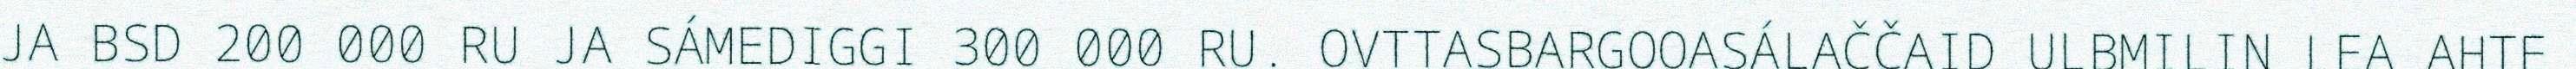
JA BSD 200 000 RU JA SÁMEDIGGI 300 000 RU. OVTTASBARGOOASÁLAČČAID ULBMILIN LEA AHTE